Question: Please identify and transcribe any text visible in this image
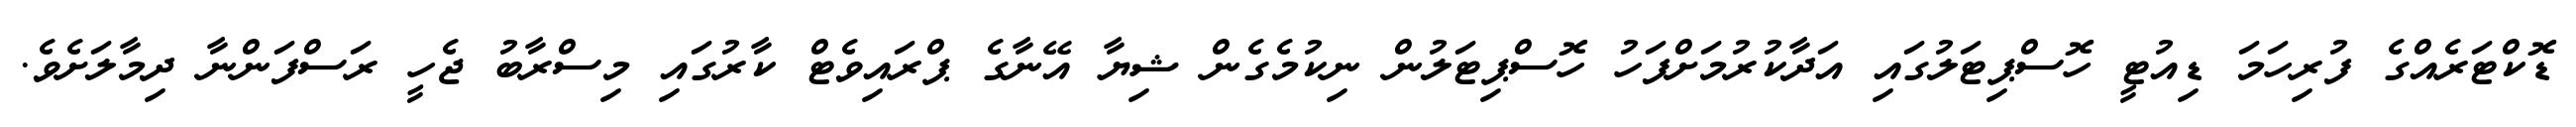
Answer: ޑޮކްޓަރެއްގެ ފުރިހަމަ ޑިއުޓީ ހޮސްޕިޓަލުގައި އަދާކުރުމަށްފަހު ހޮސްޕިޓަލުން ނިކުމެގެން ޝިޔާ އޭނާގެ ޕްރައިވެޓް ކާރުގައި މިސްރާބު ޖެހީ ރަސްފަންނާ ދިމާލަށެވެ.